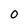
Character: 0